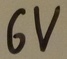
Text: 6V